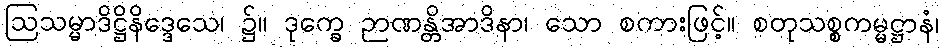
ဩသမ္မာဒိဋ္ဌိနိဒ္ဒေသေ၊ ၌။ ဒုက္ခေ ဉာဏန္တိအာဒိနာ၊ သော စကားဖြင့်။ စတုသစ္စကမ္မဋ္ဌာနံ၊